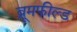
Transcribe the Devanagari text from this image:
ब्रूमफील्ड